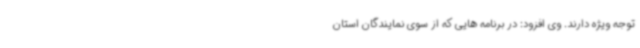
توجه ویژه دارند. وی افزود: در برنامه هایی که از سوی نمایندگان استان